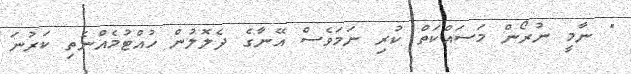
" ނާމީ ނުރޯން މަސައްކަތް ކުރި ނަމަވެސް އޭނާގެ ދެލޮލުން ހުއްޓުމެއްނެތި ކަރުނަ